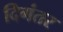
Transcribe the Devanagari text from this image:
दिगंतर